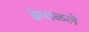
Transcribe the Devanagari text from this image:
ढेपाळले